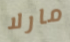
مارلا